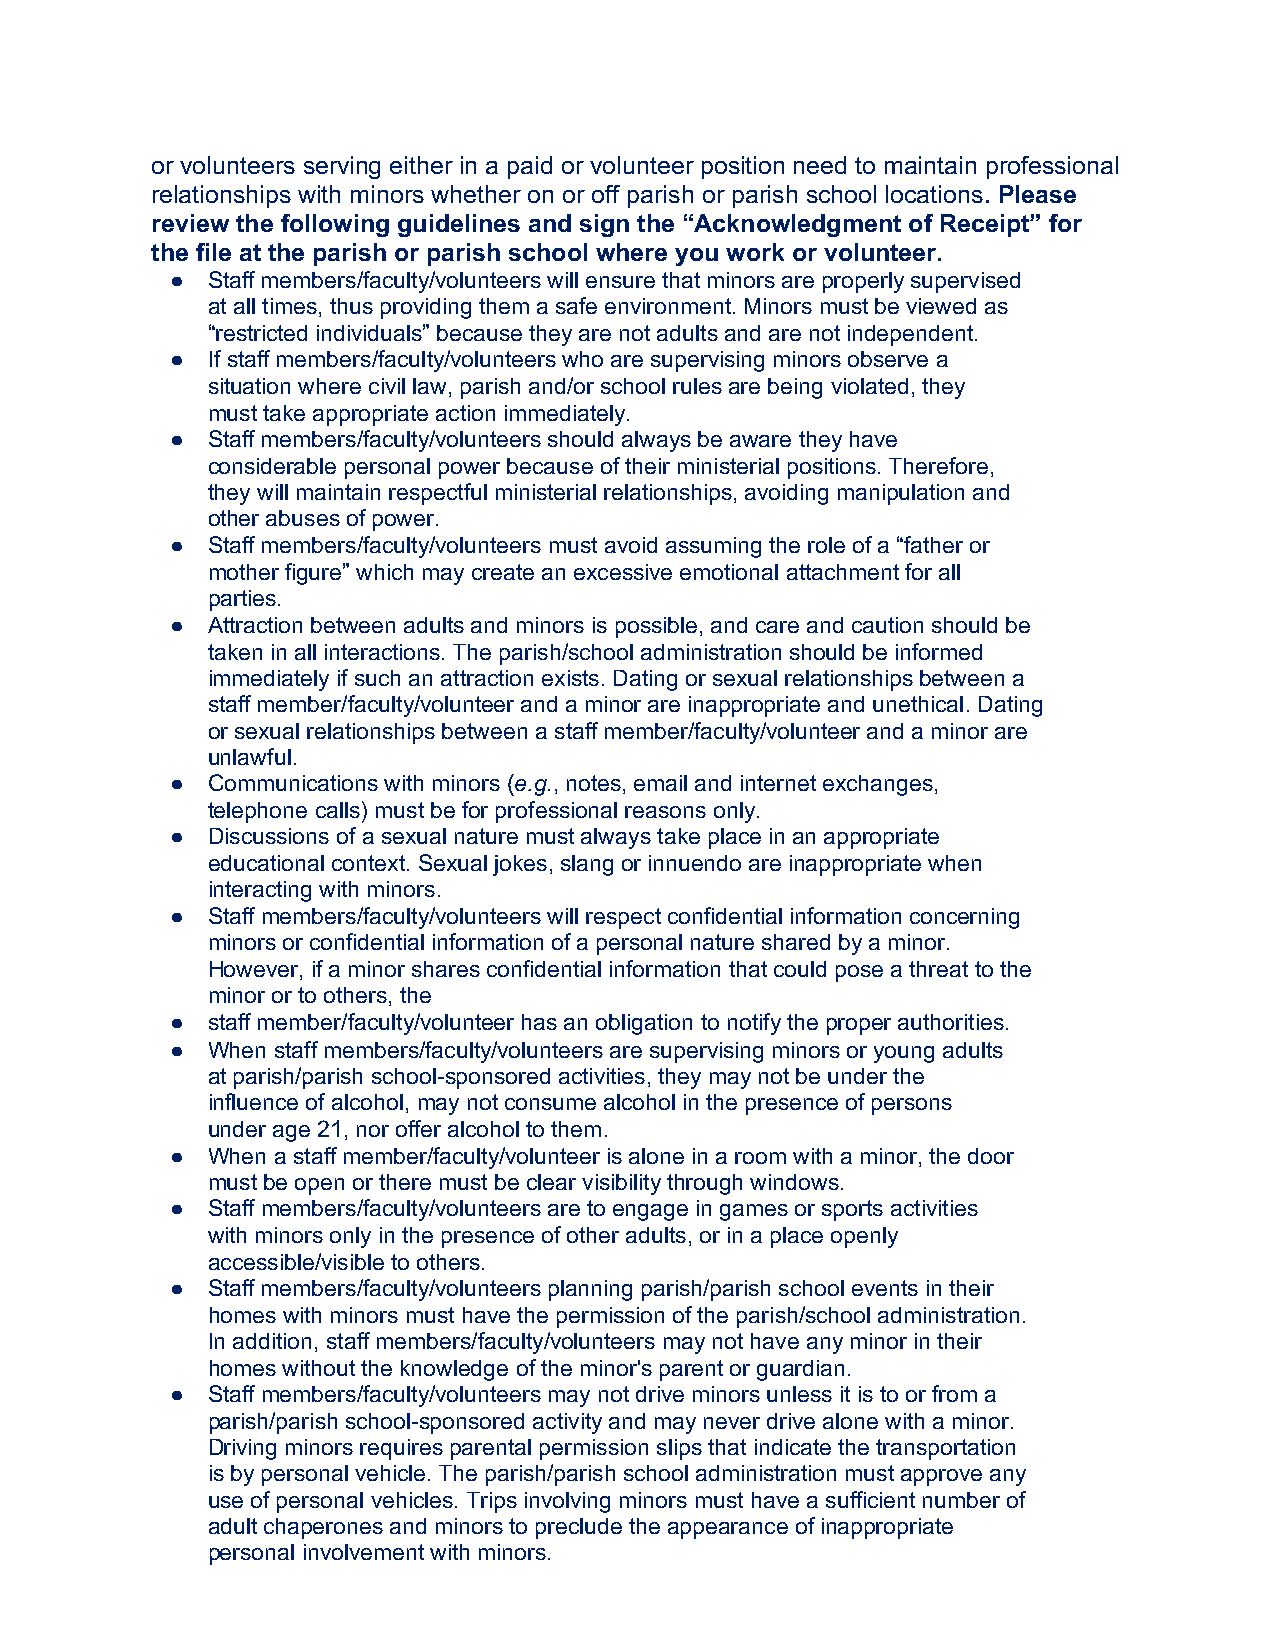
or volunteers serving either in a paid or volunteer position need to maintain professional
 relationships with minors whether on or off parish or parish school locations. Please
 review the following guidelines and sign the “Acknowledgment of Receipt” for
 the file at the parish or parish school where you work or volunteer.
 ●  Staff members/faculty/volunteers will ensure that minors are properly supervised
 at all times, thus providing them a safe environment. Minors must be viewed as
 “restricted individuals” because they are not adults and are not independent.
 ●  If staff members/faculty/volunteers who are supervising minors observe a
 situation where civil law, parish and/or school rules are being violated, they
 must take appropriate action immediately.
 ●  Staff members/faculty/volunteers should always be aware they have
 considerable personal power because of their ministerial positions. Therefore,
 they will maintain respectful ministerial relationships, avoiding manipulation and
 other abuses of power.
 ●  Staff members/faculty/volunteers must avoid assuming the role of a “father or
 mother figure” which may create an excessive emotional attachment for all
 parties.
 ●  Attraction between adults and minors is possible, and care and caution should be
 taken in all interactions. The parish/school administration should be informed
 immediately if such an attraction exists. Dating or sexual relationships between a
 staff member/faculty/volunteer and a minor are inappropriate and unethical. Dating
 or sexual relationships between a staff member/faculty/volunteer and a minor are
 unlawful.
 ●  Communications with minors (e.g., notes, email and internet exchanges,
 telephone calls) must be for professional reasons only.
 ●  Discussions of a sexual nature must always take place in an appropriate
 educational context. Sexual jokes, slang or innuendo are inappropriate when
 interacting with minors.
 ●  Staff members/faculty/volunteers will respect confidential information concerning
 minors or confidential information of a personal nature shared by a minor.
 However, if a minor shares confidential information that could pose a threat to the
 minor or to others, the
 ●  staff member/faculty/volunteer has an obligation to notify the proper authorities.
 ●  When staff members/faculty/volunteers are supervising minors or young adults
 at parish/parish school-sponsored activities, they may not be under the
 influence of alcohol, may not consume alcohol in the presence of persons
 under age 21, nor offer alcohol to them.
 ●  When a staff member/faculty/volunteer is alone in a room with a minor, the door
 must be open or there must be clear visibility through windows.
 ●  Staff members/faculty/volunteers are to engage in games or sports activities
 with minors only in the presence of other adults, or in a place openly
 accessible/visible to others.
 ●  Staff members/faculty/volunteers planning parish/parish school events in their
 homes with minors must have the permission of the parish/school administration.
 In addition, staff members/faculty/volunteers may not have any minor in their
 homes without the knowledge of the minor's parent or guardian.
 ●  Staff members/faculty/volunteers may not drive minors unless it is to or from a
 parish/parish school-sponsored activity and may never drive alone with a minor.
 Driving minors requires parental permission slips that indicate the transportation
 is by personal vehicle. The parish/parish school administration must approve any
 use of personal vehicles. Trips involving minors must have a sufficient number of
 adult chaperones and minors to preclude the appearance of inappropriate
 personal involvement with minors.